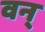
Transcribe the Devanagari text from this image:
वन्